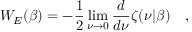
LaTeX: W _ { E } ( \beta ) = - \frac 1 2 \operatorname * { l i m } _ { \nu \rightarrow 0 } { \frac { d } { d \nu } } \zeta ( \nu | \beta ) ~ ~ ~ ,